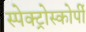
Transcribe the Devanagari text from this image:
स्‍पेक्‍ट्रोस्‍कोर्पी